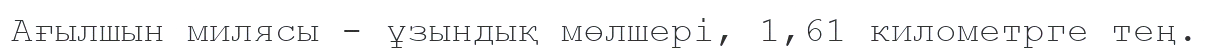
Ағылшын милясы - ұзындық мөлшері, 1,61 километрге тең.